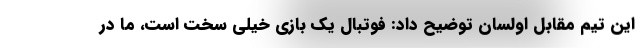
این تیم مقابل اولسان توضیح داد: فوتبال یک بازی خیلی سخت است، ما در